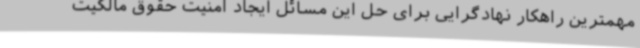
مهمترین راهکار نهادگرایی برای حل این مسائل ایجاد امنیت حقوق مالکیت